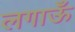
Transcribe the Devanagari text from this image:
लगाऊँ